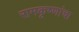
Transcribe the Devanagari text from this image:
रामकृष्णांचा